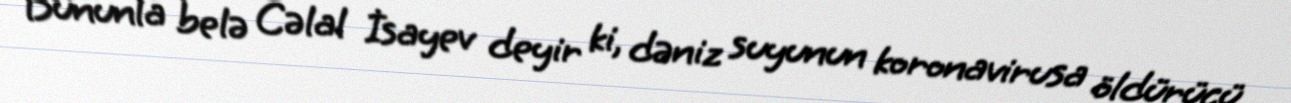
Bununla belə Cəlal İsayev deyir ki, dəniz suyunun koronavirusa öldürücü